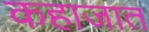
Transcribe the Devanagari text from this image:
कहाजात